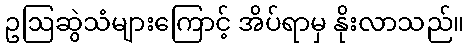
ဥဩဆွဲသံများကြောင့် အိပ်ရာမှ နိုးလာသည်။